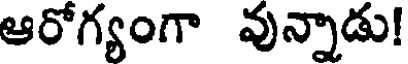
ఆరోగ్యంగా వున్నాడు!